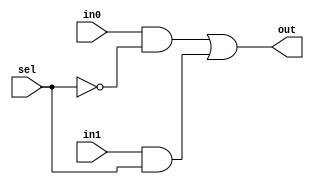
module Mux2to1_1b(in0, in1, sel, out);

input in0, in1;
input sel;
output out;

not inv1(selp, sel);
and(w2, in0, selp);
and(w3, in1, sel);

or or3( out, w2, w3);


endmodule